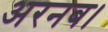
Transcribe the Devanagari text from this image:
अरनब।